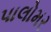
પાલોમર